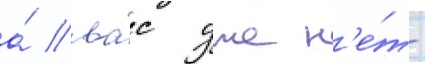
а́ ва́с уже н'е́т-